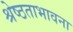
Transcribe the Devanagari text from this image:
श्रेष्ठताभावना